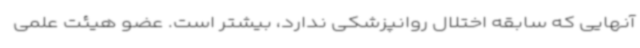
آنهایی که سابقه اختلال روانپزشکی ندارد، بیشتر است. عضو هیئت علمی